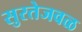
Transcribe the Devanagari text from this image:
सुरतेजवळ